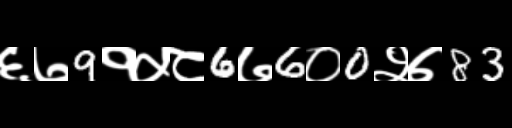
Text: ६७9१५८6७6०0२७83